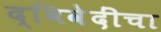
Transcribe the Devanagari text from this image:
द्विवेदींचा